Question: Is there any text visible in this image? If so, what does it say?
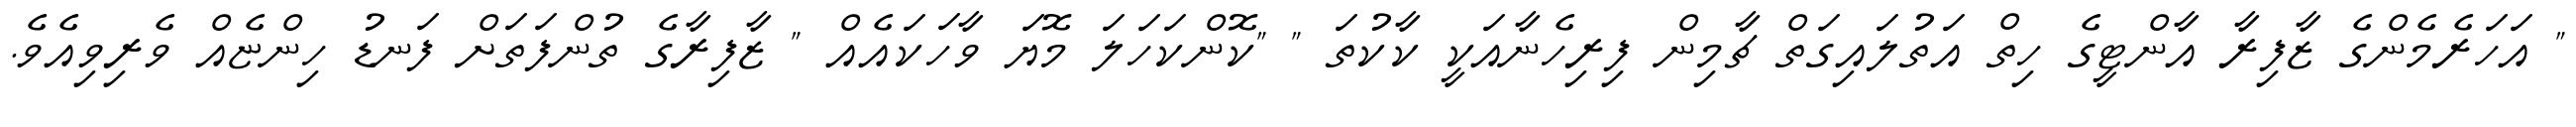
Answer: " އަހަރެމެންގެ ޒާފިރާ އާންޓީގެ ހިތް އަތުލައިގަތް ޗާމިން ފިރިހެނާއަކީ ކާކުތަ " "ކޮންކަހަލަ މޮޔަ ވާހަކައެއް " ޒާފިރާގެ ތުންފަތަށް ފަނޑު ހިންޏެއް ވެރިވިއެވެ.